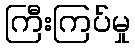
ကြီးကြပ်မှု